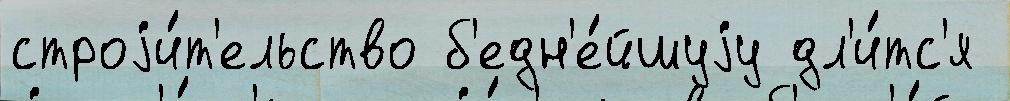
строjи́т'ельство б'едн'е́йшуjу дл'и́тс'я